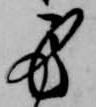
労